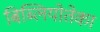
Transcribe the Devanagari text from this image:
बिब्लियोतेका